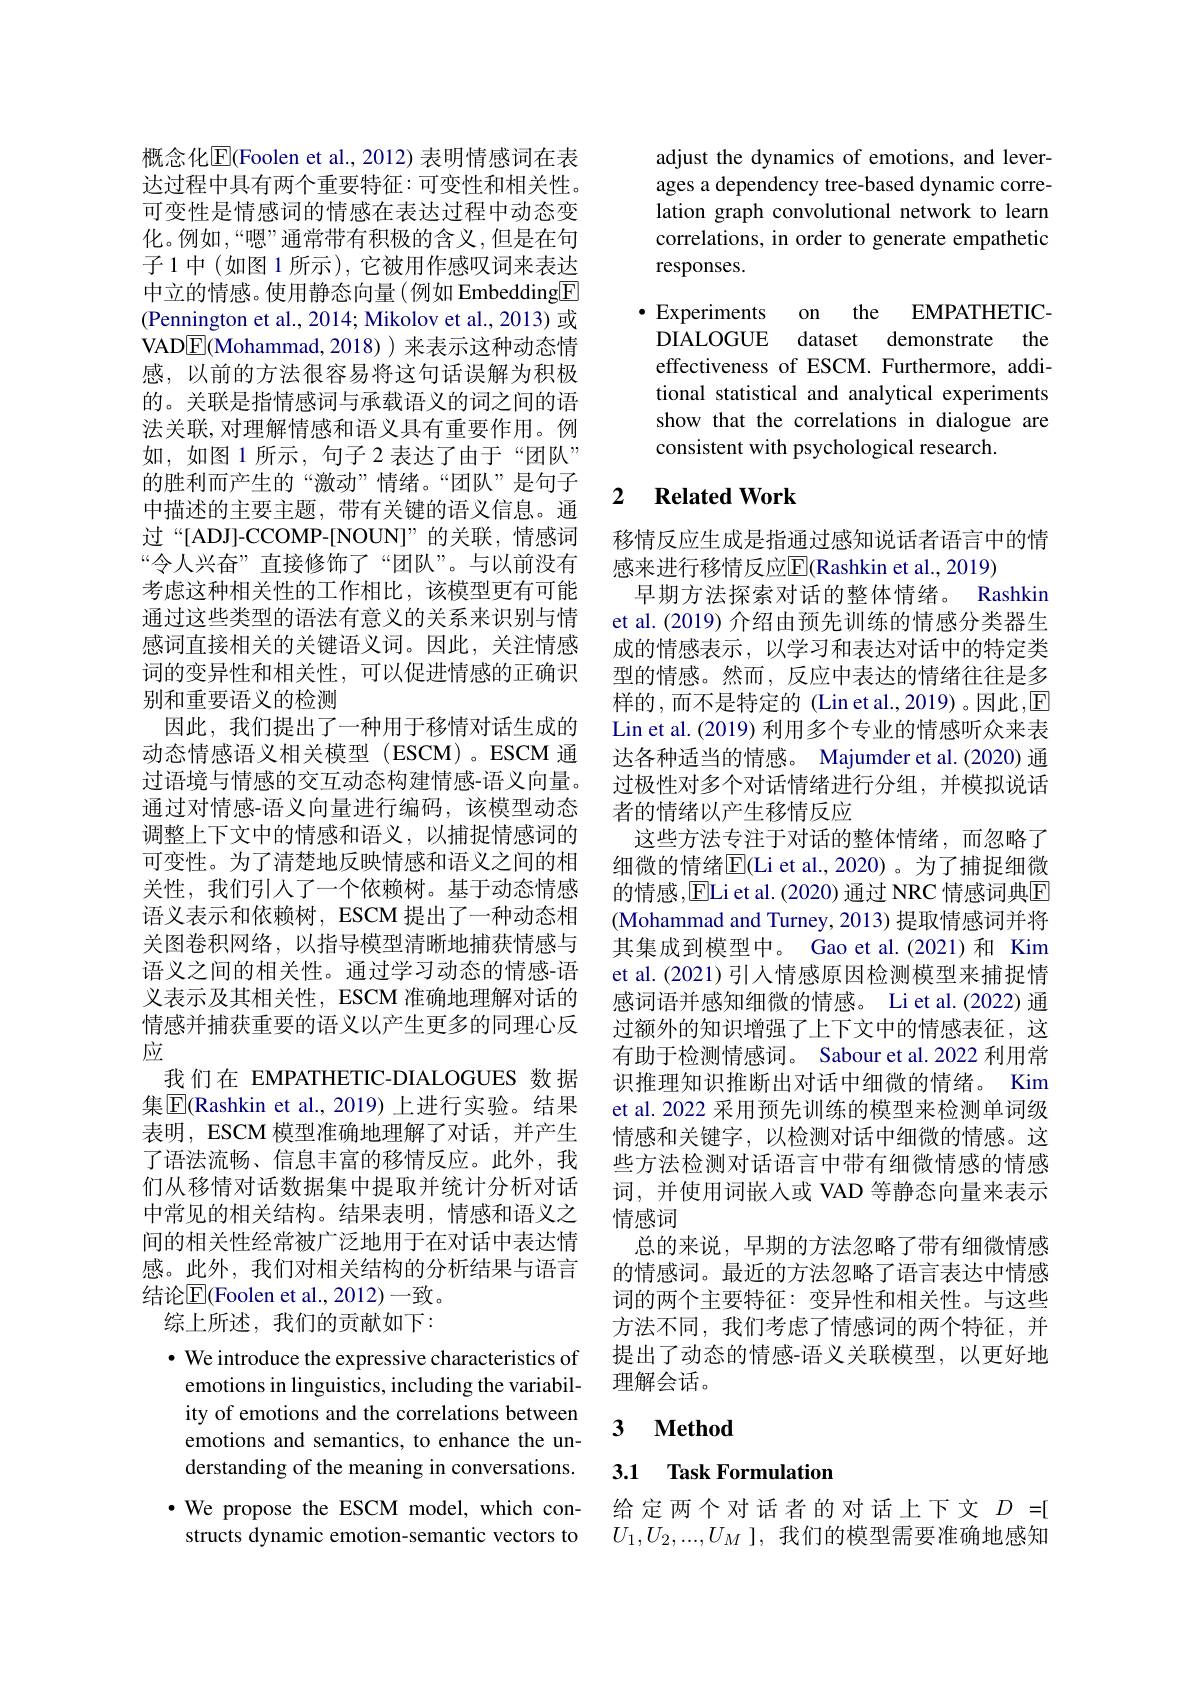
概念化$\overline{\mathrm{E}}$(Foolen et al., 2012) 表明情感词在表达过程中具有两个重要特征：可变性和相关性。可变性是情感词的情感在表达过程中动态变化。例如，“嗯”通常带有积极的含义，但是在句子1中(如图 1 所示), 它被用作感叹词来表达中立的情感。使用静态向量(例如 Embedding$\underline{\mathrm{F}}$ (Pennington et al., 2014; Mikolov et al., 2013) 或VAD$\boxed{\mathrm{F}}($Mohammad,2018))来表示这种动态情感，以前的方法很容易将这句话误解为积极的。关联是指情感词与承载语义的词之间的语法关联，对理解情感和语义具有重要作用。例如，如图 1 所示，句子 2 表达了由于“团队” 的胜利而产生的“激动”情绪。“团队”是句子中描述的主要主题，带有关键的语义信息。通过“[ADJ]-CCOMP-[NOUN]”的关联，情感词“令人兴奋”直接修饰了“团队”。与以前没有考虑这种相关性的工作相比，该模型更有可能通过这些类型的语法有意义的关系来识别与情感词直接相关的关键语义词。因此，关注情感词的变异性和相关性，可以促进情感的正确识别和重要语义的检测
因此，我们提出了一种用于移情对话生成的动态情感语义相关模型(ESCM)。ESCM 通过语境与情感的交互动态构建情感-语义向量。通过对情感-语义向量进行编码，该模型动态调整上下文中的情感和语义，以捕捉情感词的可变性。为了清楚地反映情感和语义之间的相关性，我们引入了一个依赖树。基于动态情感语义表示和依赖树，ESCM 提出了一种动态相关图卷积网络，以指导模型清晰地捕获情感与语义之间的相关性。通过学习动态的情感-语义表示及其相关性，ESCM 准确地理解对话的情感并捕获重要的语义以产生更多的同理心反应
我们在 EMPATHETIC-DIALOGUES 数据集$\boxed{\mathrm{F}}($Rashkin et al.,2019) 上进行实验。结果表明，ESCM 模型准确地理解了对话，并产生了语法流畅、信息丰富的移情反应。此外，我们从移情对话数据集中提取并统计分析对话中常见的相关结构。结果表明，情感和语义之间的相关性经常被广泛地用于在对话中表达情感。此外，我们对相关结构的分析结果与语言结论$\mathbb{E}($Foolen et al.,2012)一致。
综上所述，我们的贡献如下：
· We introduce the expressive characteristics of
emotions in linguistics, including the variabil-

ity of emotions and the correlations between emotions and semantics, to enhance the understanding of the meaning in conversations. $\bullet$ We propose the ESCM model, which constructs dynamic emotion-semantic vectors to

adjust the dynamics of emotions, and leverages a dependency tree-based dynamic correlation graph convolutional network to learn correlations, in order to generate empathetic responses.
EMPATHETIC-
$\cdot$ Experiments
on theris d
DIALOGUE dataset demonstrate the effectiveness of ESCM. Furthermore, additional statistical and analytical experiments show that the correlations in dialogue are consistent with psychological research.

## 2 $\textbf{Related Work}$

移情反应生成是指通过感知说话者语言中的情
感来进行移情反应$\overline{\mathrm{E}}($Rashkin et al., 2019)
早期方法探索对话的整体情绪。Rashkin et al. (2019) 介绍由预先训练的情感分类器生成的情感表示，以学习和表达对话中的特定类型的情感。然而，反应中表达的情绪往往是多样的，而不是特定的(Lin et al.,2019)。因此，$\mathbb{E}$ Lin et al. (2019) 利用多个专业的情感听众来表达各种适当的情感。Majumder et al.(2020) 通过极性对多个对话情绪进行分组，并模拟说话者的情绪以产生移情反应
这些方法专注于对话的整体情绪，而忽略了细微的情绪$\mathbb{E}($Li et al., 2020)。为了捕捉细微的情感，ELi et al.(2020) 通过 NRC 情感词典$\overline{\mathrm{F}}$ (Mohammad and Turney, 2013) 提取情感词并将其集成到模型中。Gao et al.(2021)和 Kim et al.(2021)引入情感原因检测模型来捕捉情感词语并感知细微的情感。Li et al.(2022) 通过额外的知识增强了上下文中的情感表征，这有助于检测情感词。Sabour et al. 2022 利用常识推理知识推断出对话中细微的情绪。Kim et al. 2022 采用预先训练的模型来检测单词级情感和关键字，以检测对话中细微的情感。这些方法检测对话语言中带有细微情感的情感词，并使用词嵌人或 VAD 等静态向量来表示情感词
总的来说，早期的方法忽略了带有细微情感的情感词。最近的方法忽略了语言表达中情感词的两个主要特征：变异性和相关性。与这些方法不同，我们考虑了情感词的两个特征，并提出了动态的情感-语义关联模型，以更好地理解会话。

## 3 $\textbf{Method}$

## 3.1 Task Formulation

给定两个对话者的对话上下文$D=[$ $U_1,U_2,...,U_M$ ],我们的模型需要准确地感知